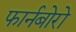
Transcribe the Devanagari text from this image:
फार्नबोरो